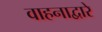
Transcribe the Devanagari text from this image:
वाहनाद्वारे